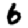
Digit: 6